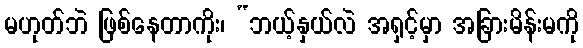
မဟုတ်ဘဲ ဖြစ်နေတာကိုး၊ “ဘယ့်နှယ်လဲ အရှင့်မှာ အခြားမိန်းမကို